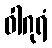
ဝါဂုရံ